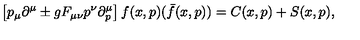
\left[ p _ { \mu } \partial ^ { \mu } \pm g F _ { \mu \nu } p ^ { \nu } \partial _ { p } ^ { \mu } \right] f ( x , p ) ( \bar { f } ( x , p ) ) = C ( x , p ) + S ( x , p ) ,